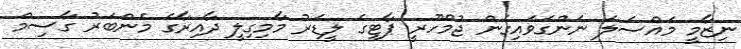
ނިޒާމީ މައްސަލަ ނަންގަވައިގެން ޖުމްހޫރީ ޕާޓީގެ ލީޑަރު މާމިގިލީ ދާއިރާގެ މެންބަރު ގާސިމް